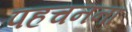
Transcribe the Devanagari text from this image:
पहचनना